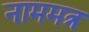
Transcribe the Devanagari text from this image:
नाममत्र